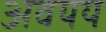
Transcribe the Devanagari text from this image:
अवयय